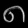
Digit: ၈